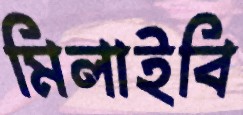
মিলাইবি